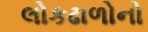
લોકઢાળોનો